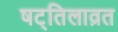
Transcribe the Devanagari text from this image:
षट्तिलाव्रत